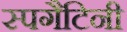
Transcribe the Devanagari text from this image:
स्पगैटिनी